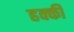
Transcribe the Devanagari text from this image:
हक्की